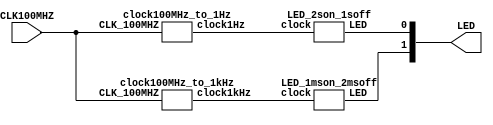
`timescale 1ns / 1ps

//main
module LED_counters(
     input CLK100MHZ,
     output [1:0] LED
);

    wire clock1Hz, clock1kHz;

    clock100MHz_to_1kHz firstLED (CLK100MHZ,clock1kHz);
    clock100MHz_to_1Hz secondLED (CLK100MHZ, clock1Hz);
    
    LED_2son_1soff LEDfirst(clock1Hz, LED[0]);
    LED_1mson_2msoff LEDsecond(clock1kHz, LED[1]);

endmodule


//LED1 1ms on, 2ms off
module LED_1mson_2msoff(
    input clock,
    output [0:0] LED
);

    reg[1:0] ctr;
    
    assign LED[0] = ~ctr[0] & ~ctr[1]; 
    always @ (posedge clock) begin        
        if (ctr == 2'b10) begin 
            ctr <= 2'b00;
        end else begin
            ctr <= ctr + 2'b01;
        end
    end
 
endmodule


//LED2 2 sec. on, 1 sec, off
module LED_2son_1soff(
    input clock,
    output [0:0] LED
 );
 
    reg[1:0] ctr;
    
    assign LED[0] = ctr[0] | ctr[1];
    
    always @ (posedge clock) begin        
        if (ctr == 2'b10) begin 
            ctr <= 2'b00;
        end else begin
            ctr <= ctr + 2'b01;
        end
    end
 
endmodule


//100 MHz to 1 Hz
//27 bits needed since 100 MHz to 1 Hz is 100,000,000 cycles (log2(100,000,000) = 26.6)
module clock100MHz_to_1Hz(
    input CLK_100MHZ,
    output reg clock1Hz
);
    reg[26:0] ctr;
    
    always @ (posedge CLK_100MHZ) begin
        if (ctr == 49_999_999) begin
            clock1Hz <= 1'b1;
            ctr <= ctr + 1;            
        end
        else if (ctr == 99_999_999) begin
            clock1Hz <= 1'b0;
            ctr <= 0;
        end
        else begin
            ctr <= ctr + 1;
        end
    end
endmodule


//100 MHz to 1 kHz
//17 bits needed since 100 MHz to 1 kHz is 100,000 cycles (log2(100,000) = 16.6)
module clock100MHz_to_1kHz(
    input CLK_100MHZ,
    output reg clock1kHz
);

    reg[16:0] ctr;
    
    always @(posedge CLK_100MHZ) begin
        if (ctr == 49_999) begin
            clock1kHz <= 1'b1;
            ctr <= ctr + 1;
        end else if (ctr == 99_999) begin
            clock1kHz <= 1'b0;
            ctr <= 0;
        end else begin
            ctr <= ctr + 1;
        end
    end
endmodule